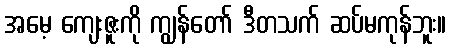
အမေ့ ကျေးဇူးကို ကျွန်တော် ဒီတသက် ဆပ်မကုန်ဘူး။